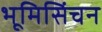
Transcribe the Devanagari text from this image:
भूमिसिंचन